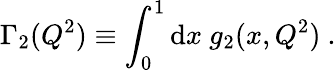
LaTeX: \Gamma_{2}(Q^{2})\equiv\int_{0}^{1}\mathrm{d}x~g_{2}(x,Q^{2})~.